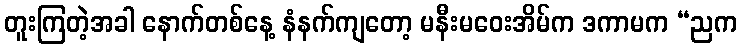
တူးကြတဲ့အခါ နောက်တစ်နေ့ နံနက်ကျတော့ မနီးမဝေးအိမ်က ဒကာမက “ညက